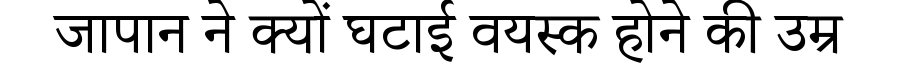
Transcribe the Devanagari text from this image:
जापान ने क्यों घटाई वयस्क होने की उम्र